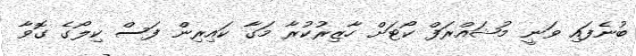
ބުނެފައި ވަނީ މުޝައްރަފް ކޯޓަށް ހާޒިރުކުރާ މަގާ ކައިރިން ފަސް ކިލޯގެ ގޮވާ